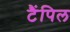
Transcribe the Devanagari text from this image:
टैंपिल